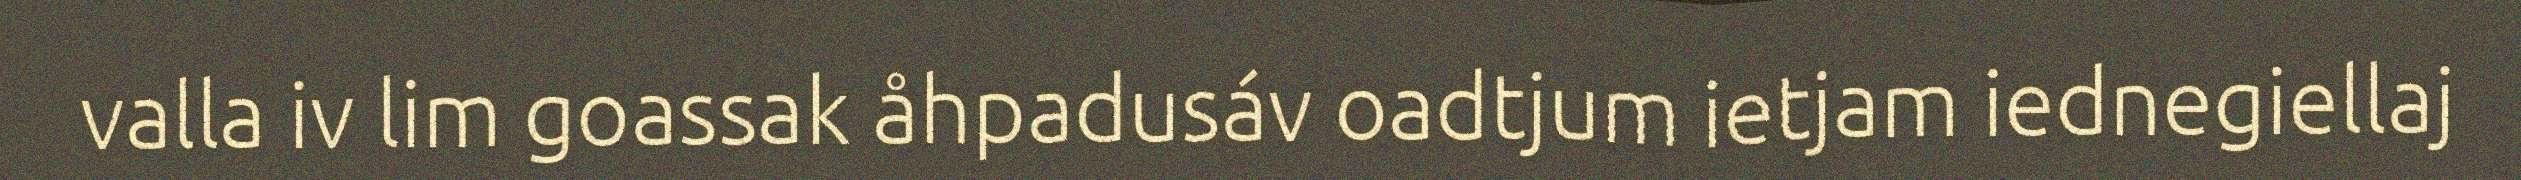
valla iv lim goassak åhpadusáv oadtjum ietjam iednegiellaj